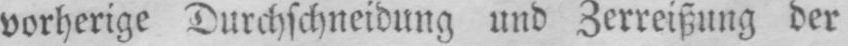
vorherige Durchschneidung und Zerreißung der